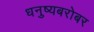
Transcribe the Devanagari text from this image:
धनुष्यबरोबर